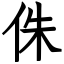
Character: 侏